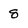
Character: 8